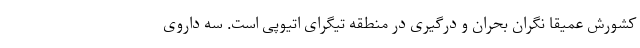
کشورش عمیقاً نگران بحران و درگیری در منطقه تیگرای اتیوپی است. سه داروی